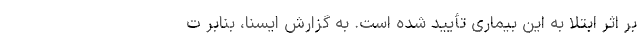
بر اثر ابتلا به این بیماری تأیید شده است. به گزارش ایسنا، بنابر ت